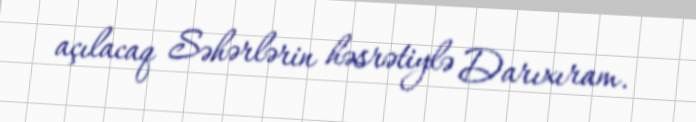
açılacaq Səhərlərin həsrətiylə Darıxıram.